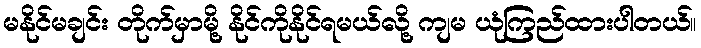
မနိုင်မချင်း တိုက်မှာမို့ နိုင်ကိုနိုင်ရမယ်လို့ ကျမ ယုံကြည်ထားပါတယ်။